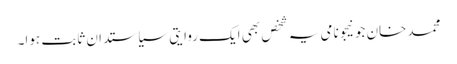
محمد خان جونیجو نامی یہ شخص بھی ایک روایتی سیاستدان ثابت ہوا۔